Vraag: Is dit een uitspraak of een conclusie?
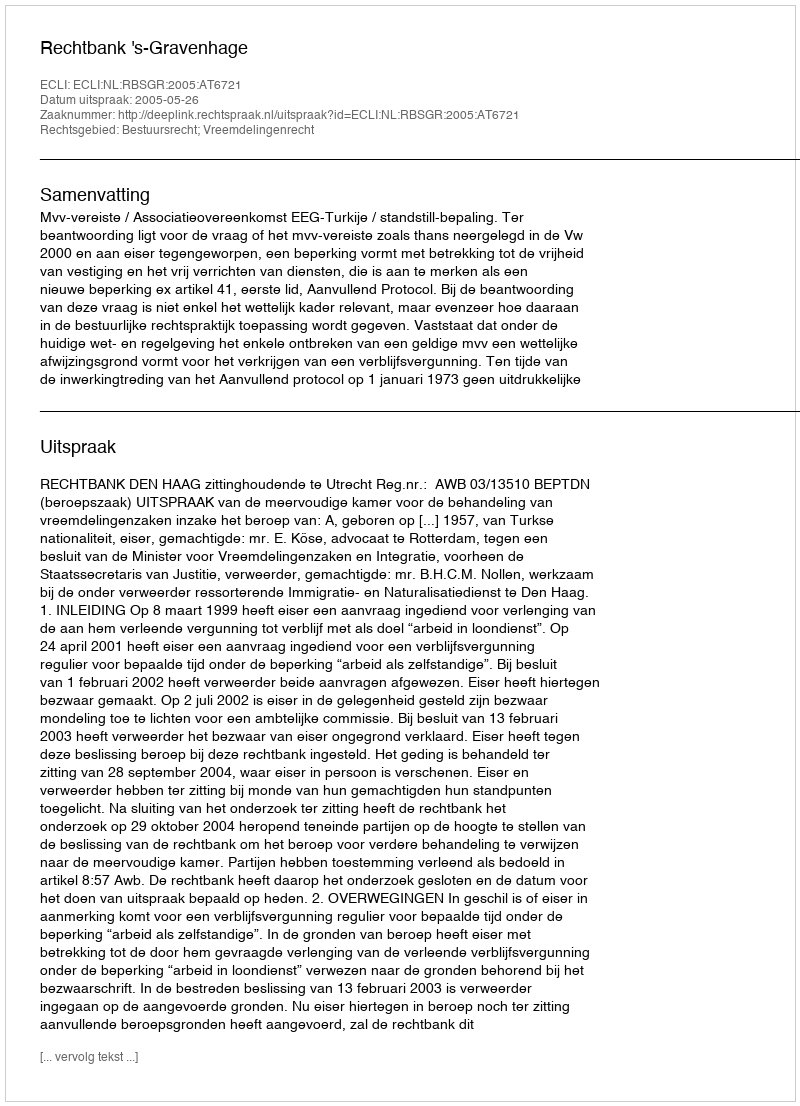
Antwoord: Uitspraak